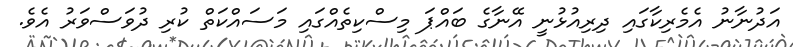
އަދުނާނު އެމެރިކާގައި ދިރިއުޅުނީ އޭނާގެ ބައްޕަ މިސްކިތެއްގައި މަސައްކަތް ކުރި ދުވަސްވަރު އެވެ.